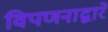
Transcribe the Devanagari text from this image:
विपणनाद्वारे